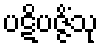
ပဋိပဇ္ဇိံသု